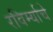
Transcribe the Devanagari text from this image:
रविर्म्याचे